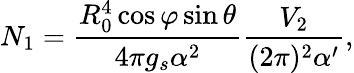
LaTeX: N_{1}=\frac{R_{0}^{4}\cos\varphi\sin\theta}{4\pi g_{s}\alpha^{2}}\frac{V_{2}}{(2\pi)^{2}\alpha^{\prime}},